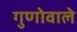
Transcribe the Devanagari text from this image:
गुणोवाले